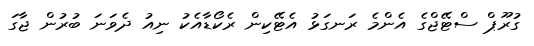
ގުރޫޕް ސްޓޭޖްގެ އެންމެ ރަނގަޅު އެޓޭކިން ރެކޯޑާއެކު ނިއު ދެވަނަ ބުރުން ޖާގަ